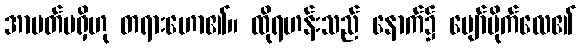
အာပတ်မရှိဟု တရားဟော၏။ ထိုရဟန်းသည် နောက်၌ ပျော်ပိုက်လေ၏